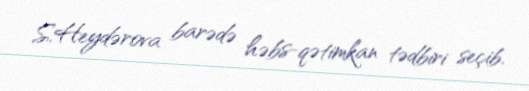
S.Heydərova barədə həbs-qətimkan tədbiri seçib.